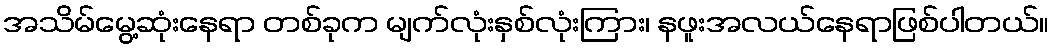
အသိမ်မွေ့ဆုံးနေရာ တစ်ခုက မျက်လုံးနှစ်လုံးကြား၊ နဖူးအလယ်နေရာဖြစ်ပါတယ်။